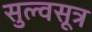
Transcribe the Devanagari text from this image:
सुल्वसूत्र